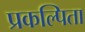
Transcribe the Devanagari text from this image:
प्रकल्पिता